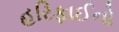
હરિફાઈનો